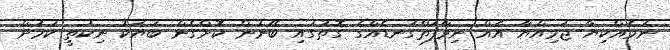
ނަމެއްކިޔާ ޖަމިއްޔާ އެއް ނިވާފަތްގަނޑެއްގެ ގޮތުގައި ބޭނުން ކޮށްގެން ބަޔަކު ނިކުތީ ކަމަށް